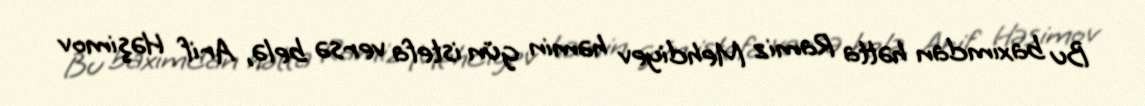
Bu baxımdan hətta Ramiz Mehdiyev həmin gün istefa versə belə, Arif Həşimov